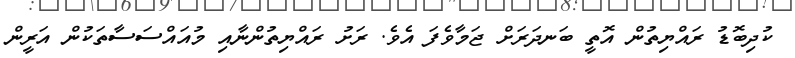
ކުދިބޮޑު ރައްޔިތުން އޮތީ ބަނދަރަށް ޖަމާވެފަ އެވެ. ރަށު ރައްޔިތުންނާއި މުއައްސަސާތަކުން އަރީން